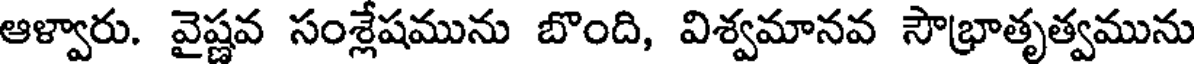
ఆళ్వారు. వైష్ణవ సంశ్లేషమును బొంది, విశ్వమానవ సౌభ్రాతృత్వమును